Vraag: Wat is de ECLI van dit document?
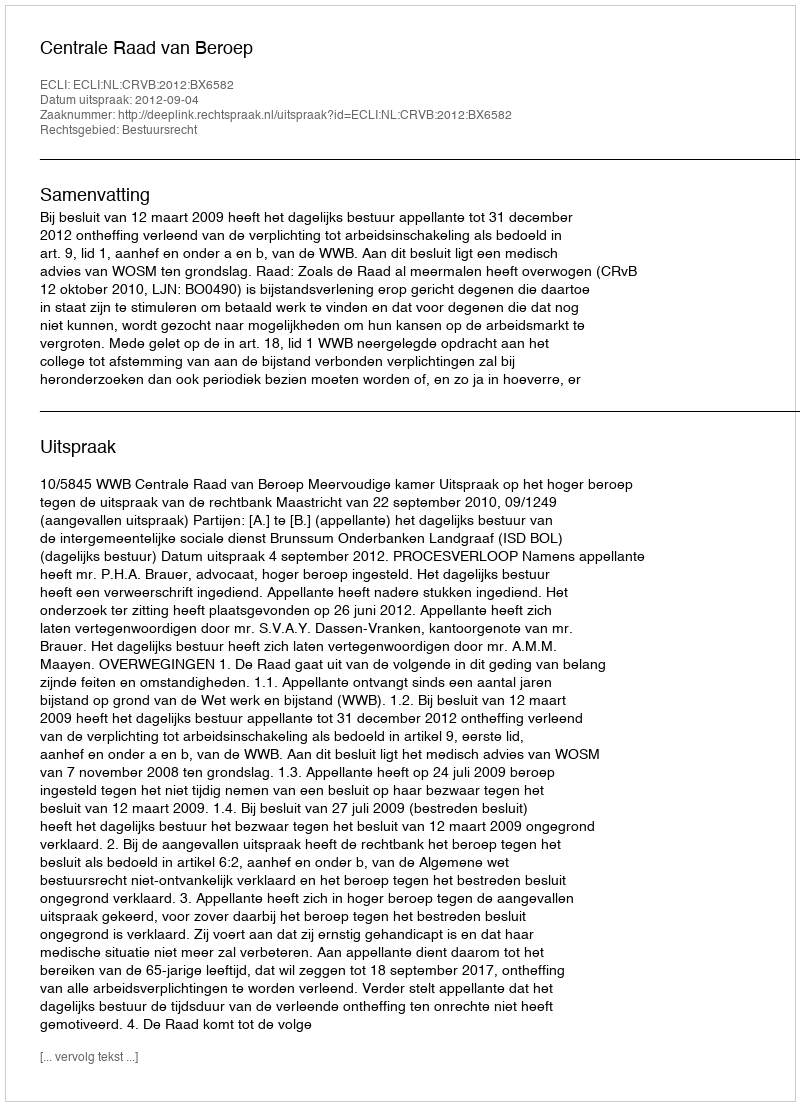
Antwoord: ECLI:NL:CRVB:2012:BX6582